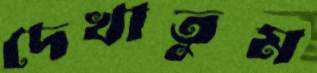
দেখাতুম